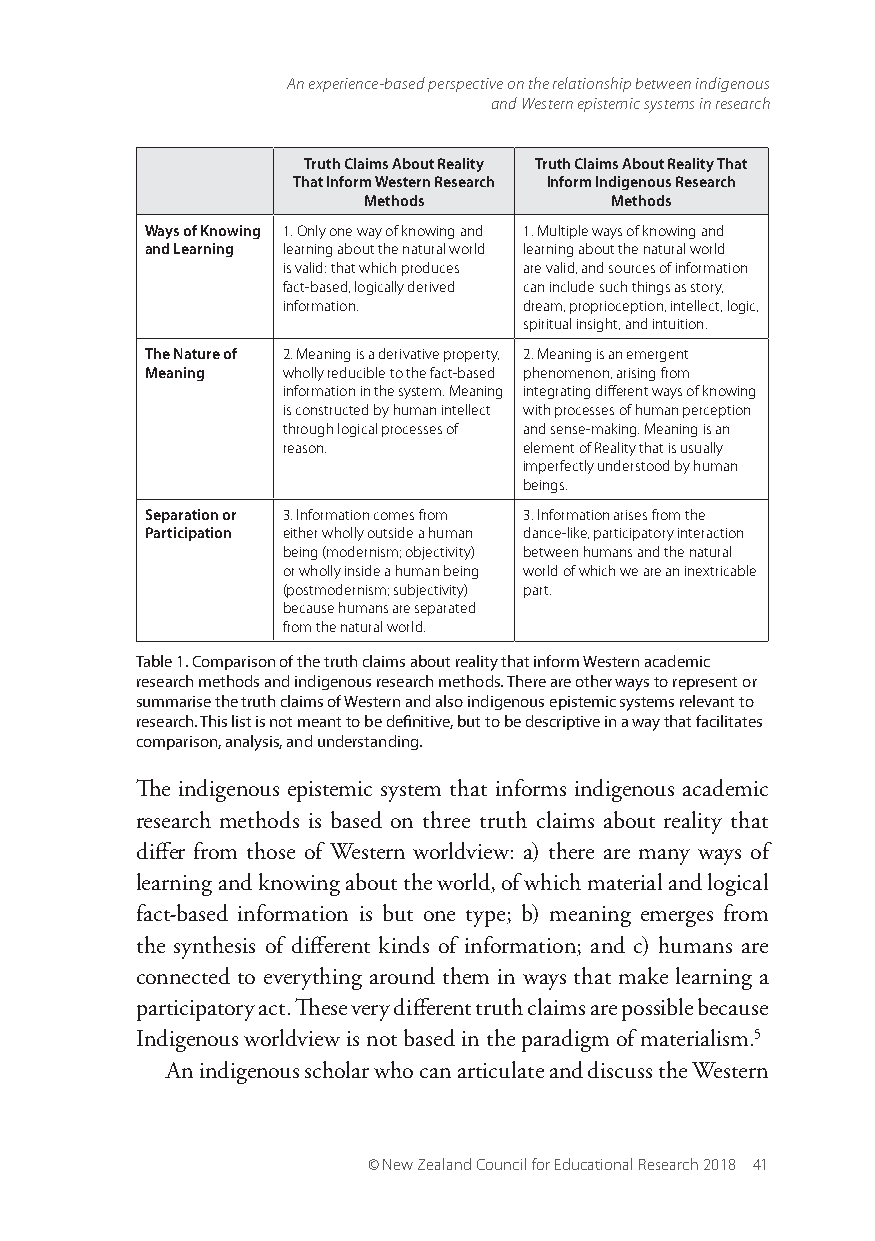
An experience-based perspective on the relationship between indigenous
 and Western epistemic systems in research
 Truth Claims About Reality Truth Claims About Reality That
 That Inform Western Research Inform Indigenous Research
 Methods         Methods
 Ways of Knowing 1. Only one way of knowing and 1. Multiple ways of knowing and
 and Learning learning about the natural world learning about the natural world
 is valid: that which produces are valid, and sources of information
 fact-based, logically derived can include such things as story,
 information.    dream, proprioception, intellect, logic,
 spiritual insight, and intuition.
 The Nature of 2. Meaning is a derivative property, 2. Meaning is an emergent
 Meaning  wholly reducible to the fact-based phenomenon, arising from
 information in the system. Meaning integrating different ways of knowing
 is constructed by human intellect with processes of human perception
 through logical processes of and sense-making. Meaning is an
 reason.         element of Reality that is usually
 imperfectly understood by human
 beings.
 Separation or 3. Information comes from 3. Information arises from the
 Participation either wholly outside a human dance-like, participatory interaction
 being (modernism; objectivity) between humans and the natural
 or wholly inside a human being world of which we are an inextricable
 (postmodernism; subjectivity) part.
 because humans are separated
 from the natural world.
 Table 1. Comparison of the truth claims about reality that inform Western academic
 research methods and indigenous research methods. There are other ways to represent or
 summarise the truth claims of Western and also indigenous epistemic systems relevant to
 research. This list is not meant to be definitive, but to be descriptive in a way that facilitates
 comparison, analysis, and understanding.
 The indigenous epistemic system that informs indigenous academic
 research methods is based on three truth claims about reality that
 differ from those of Western worldview: a) there are many ways of
 learning and knowing about the world, of which material and logical
 fact-based information is but one type; b) meaning emerges from
 the synthesis of different kinds of information; and c) humans are
 connected to everything around them in ways that make learning a
 participatory act. These very different truth claims are possible because
 Indigenous worldview is not based in the paradigm of materialism.5
 An indigenous scholar who can articulate and discuss the Western
 © New Zealand Council for Educational Research 2018 41